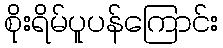
စိုးရိမ်ပူပန်ကြောင်း